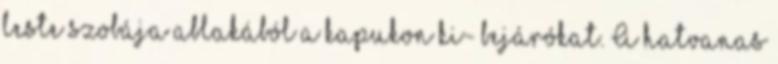
leste szobája ablakából a kapukon ki- bejárókat. A hatvanas